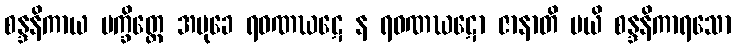
စန္ဒနိကာယ ပက္ခိတ္တေ အမုခေ ရဝဏဃဋေ န ရဝဏဃဋော ဇာနာတိ မယိ စန္ဒနိကာရသော